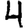
Digit: 4